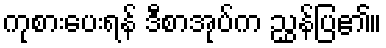
ကုစားပေးရန် ဒီစာအုပ်က ညွှန်ပြ၏။